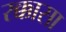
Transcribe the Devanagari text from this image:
रक्कासा